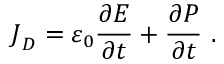
{ \boldsymbol { J } } _ { \boldsymbol { D } } = \varepsilon _ { 0 } { \frac { \partial { \boldsymbol { E } } } { \partial t } } + { \frac { \partial { \boldsymbol { P } } } { \partial t } } \ .